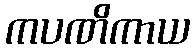
ကပဏိကာယ